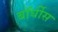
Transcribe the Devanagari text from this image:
बॉर्घीस